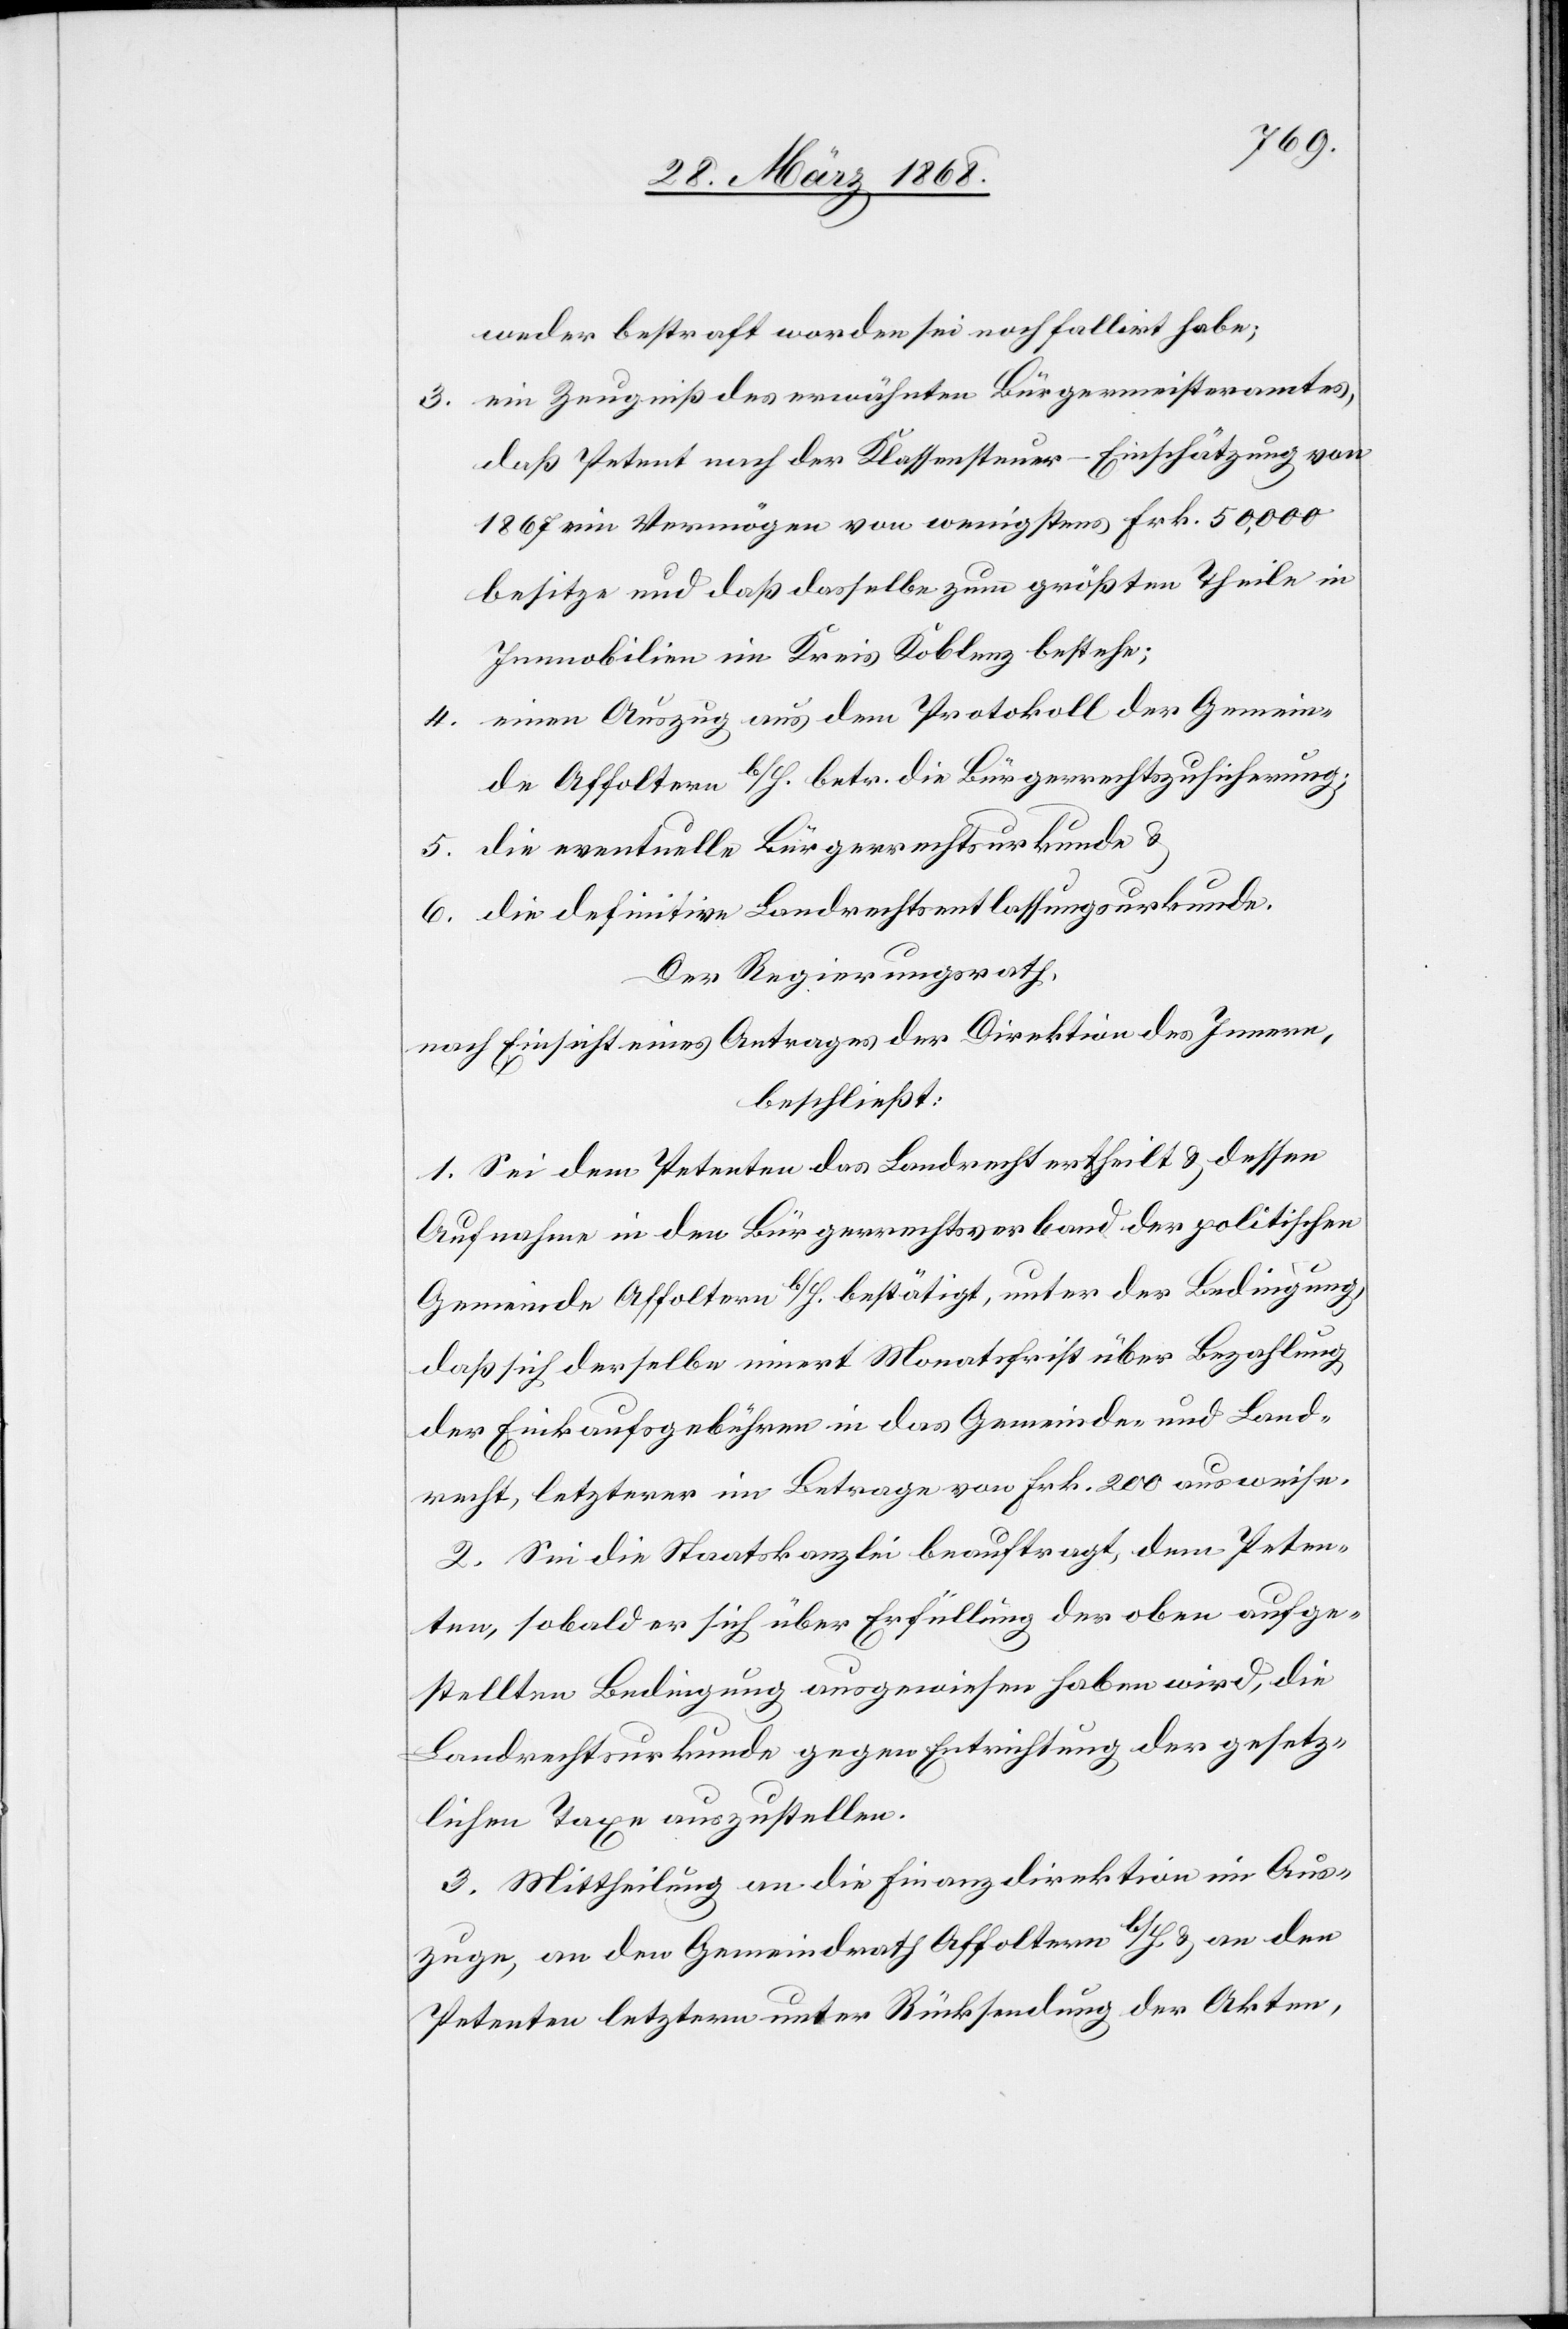
weder bestraft worden sei noch fallirt habe;
ein Zeugniß des erwähnten Bürgermeisteramtes,
daß Petent nach der Klassensteuer-Einschätzung von
1867 ein Vermögen von wenigstens Frk. 50,000
besitze und daß dasselbe zum größten Theile in
Immobilien im Kreis Koblenz bestehe;
einen Auszug aus dem Protokoll der Gemein¬
de Affoltern b/H. betr. die Bürgerrechtszusicherung;
die eventuelle Bürgerrechtsurkunde &
die definitive Landrechtsentlassungsurkunde.
Der Regierungsrath,
nach Einsicht eines Antrages der Direktion des Innern,
beschließt:
1. Sei dem Petenten das Landrecht ertheilt & dessen
Aufnahme in den Bürgerrechtsverband der politischen
Gemeinde Affoltern b/H. bestätigt, unter der Bedingung,
daß sich derselbe innert Monatsfrist über Bezahlung
der Einkaufsgebühren in das Gemeinde- und Land¬
recht, letzterer im Betrage von Frk. 200 ausweise.
2. Sei die Staatskanzlei beauftragt, dem Peten¬
ten, sobald er sich über Erfüllung der oben aufge¬
stellten Bedingung ausgewiesen haben wird, die
Landrechtsurkunde gegen Entrichtung der gesetz¬
lichen Taxe auszustellen.
3. Mittheilung an die Finanzdirektion im Aus¬
zuge, an den Gemeindrath Affoltern b/H. & an den
Petenten letztern unter Rücksendung der Akten,